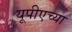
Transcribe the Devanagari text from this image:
यूपीएच्या